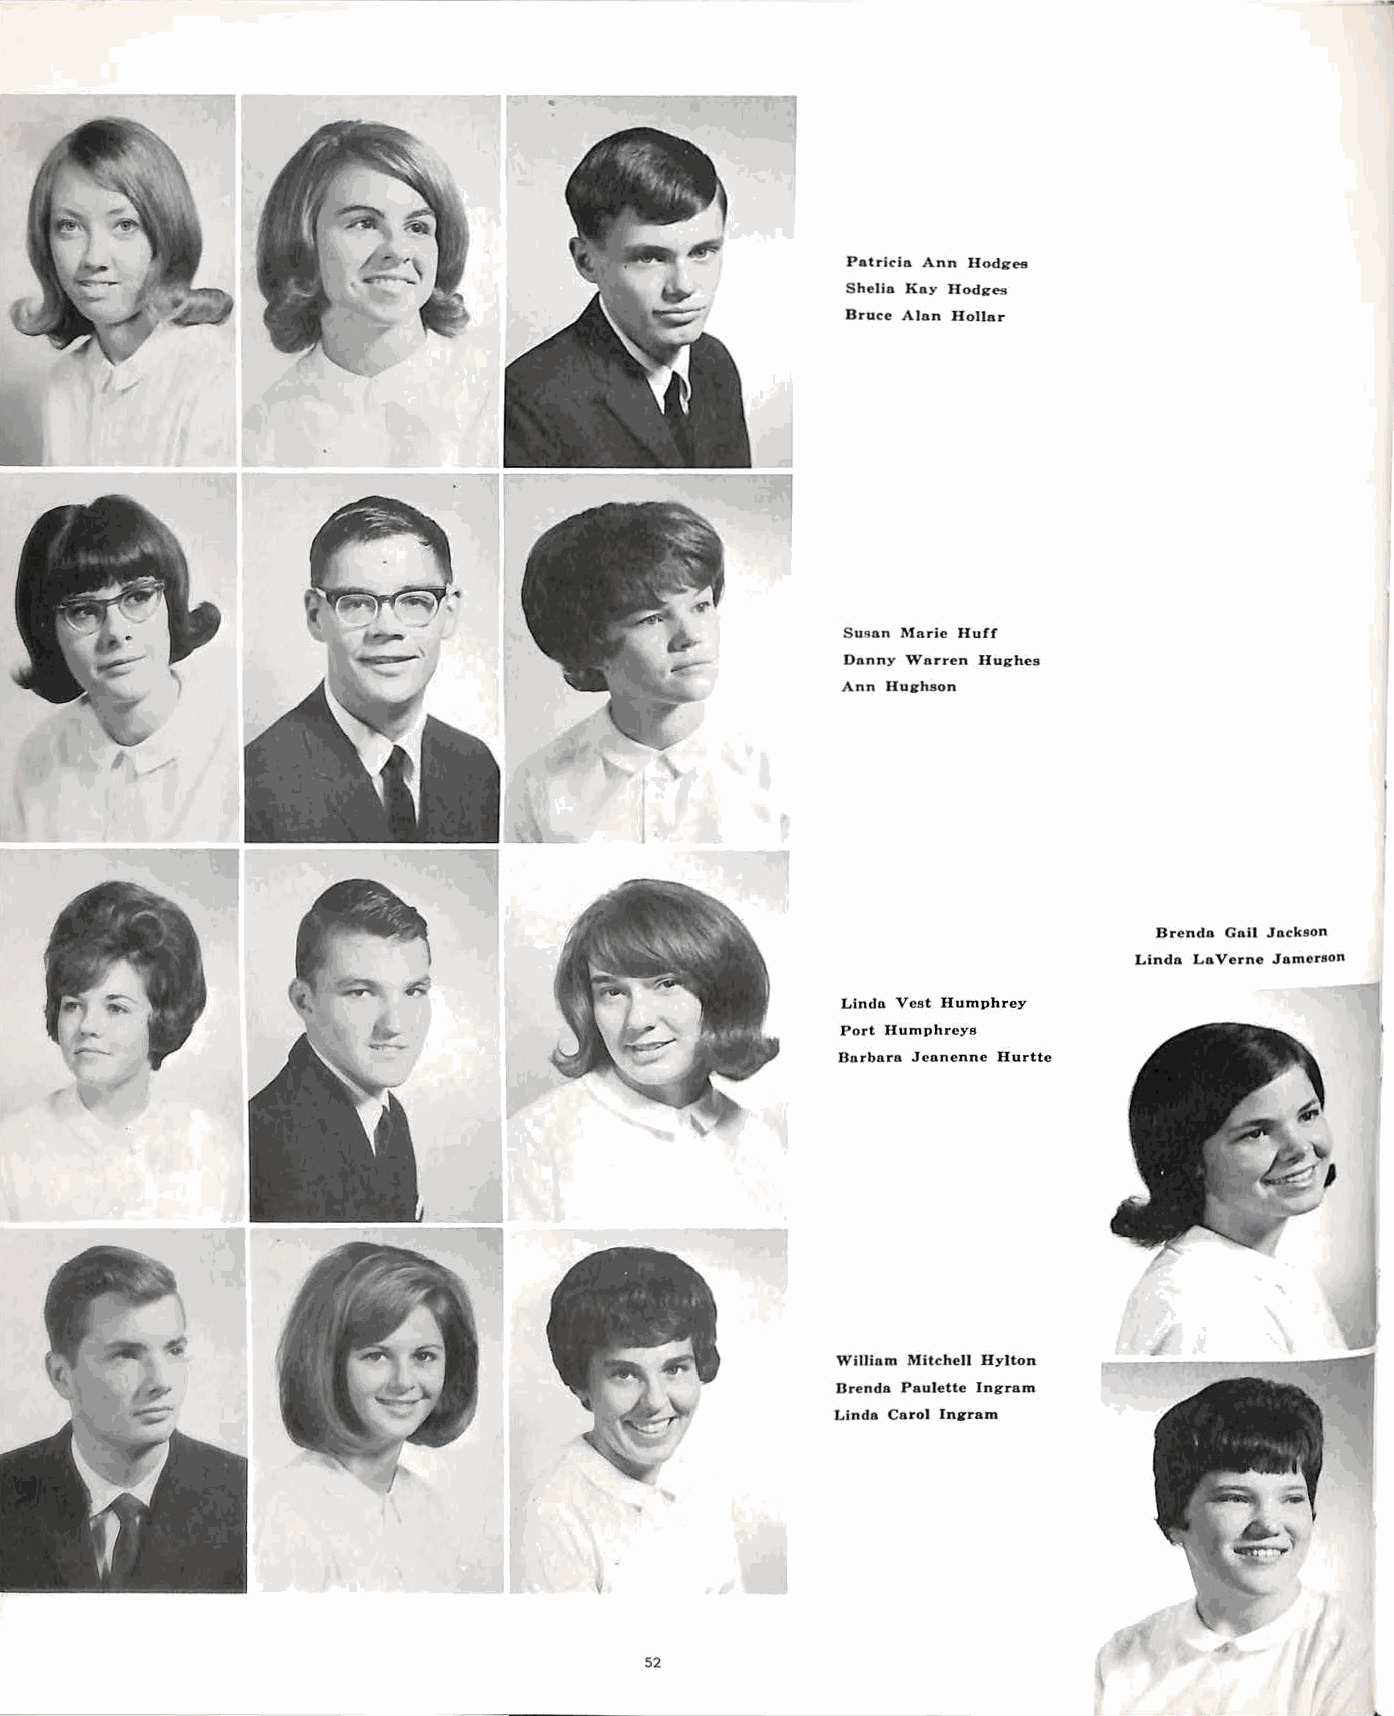
Patrido. Ann Hodges
 Shelio. Ko.y Hodges
 Bruce Alon Hollor
 Suson Morie Huff
 Donny Warren Hughes
 Ann Hughson
 Brendo Coil Jackson
 Lindo Lo.Verne Jomorson
 Lindo Vest Humphrey
 Port Humphreys
 Borboro Jconennc Hurtte
 Williom Mitchell Hylton
 Brenda Paulette Ingrom
 Linda Coro! Ingram
 52